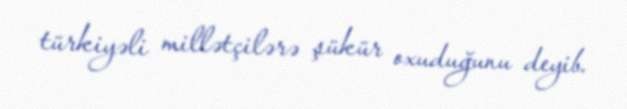
türkiyəli millətçilərə şükür oxuduğunu deyib.